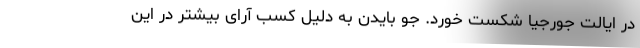
در ایالت جورجیا شکست خورد. جو بایدن به دلیل کسب آرای بیشتر در این